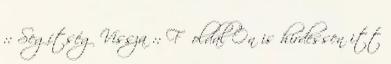
:: Segítség Vissza :: Főoldal Ön is hirdessen itt